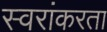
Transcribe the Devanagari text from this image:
स्वरांकरता